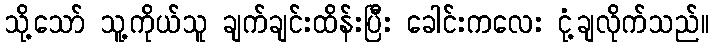
သို့သော် သူ့ကိုယ်သူ ချက်ချင်းထိန်းပြီး ခေါင်းကလေး ငုံ့ချလိုက်သည်။